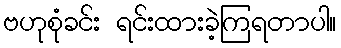
ဗဟုစုံခင်း ရင်းထားခဲ့ကြရတာပါ။